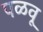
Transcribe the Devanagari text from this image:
पळवू